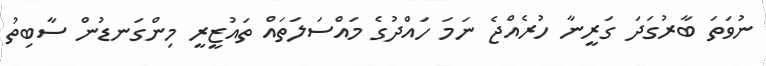
ނުވަތަ ބާރުގަދަ ގަރީނާ ހުރެއްޖެ ނަމަ ހައްދުގެ މައްސަލަތައް ތައުޒީރީ މިންގަނޑުން ސާބިތު